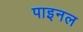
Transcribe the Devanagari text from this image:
पाइनल